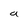
Character: a